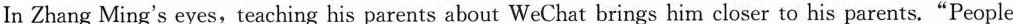
D.has only pictures in it